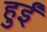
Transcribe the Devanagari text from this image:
हुर्इं